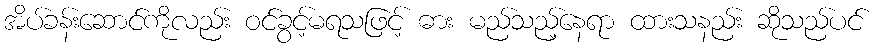
အိပ်ခန်းဆောင်ကိုလည်း ဝင်ခွင့်မရသဖြင့် ဓား မည်သည့်နေရာ ထားသနည်း ဆိုသည်ပင်